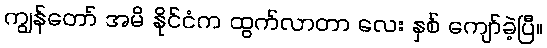
ကျွန်တော် အမိ နိုင်ငံက ထွက်လာတာ လေး နှစ် ကျော်ခဲ့ပြီ။